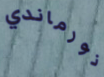
نورماندي